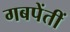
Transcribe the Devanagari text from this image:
गबपेंतीं